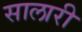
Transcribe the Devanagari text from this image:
सालारी